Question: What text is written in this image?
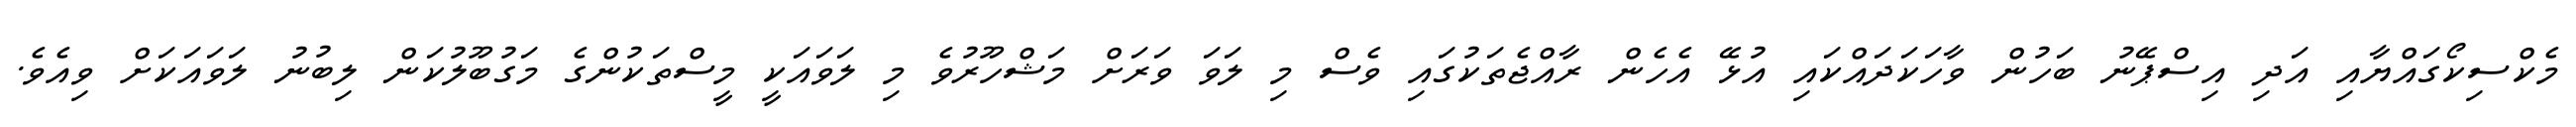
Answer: މެކްސިކޯގައްޔާއި އަދި އިސްޕޭނު ބަހުން ވާހަކަދައްކައި އުޅޭ އެހެން ރާއްޖެތަކުގައި ވެސް މި ލަވަ ވަރަށް މަޝްހޫރުވެ މި ލަވައަކީ މީސްތަކުންގެ މަގުބޫލުކަން ލިބުނު ލަވައަކަށް ވިއެވެ.